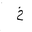
Letter: _kha